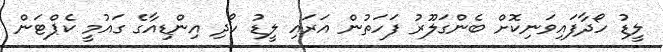
ލީޑު ހޯދާފައިވަނިކޮށް ބެންގަލޫރު ފަހަތުން އަރައި ލީޑު ހޯދި އިންޑިއާގެ ގައުމީ ކެޕްޓަން